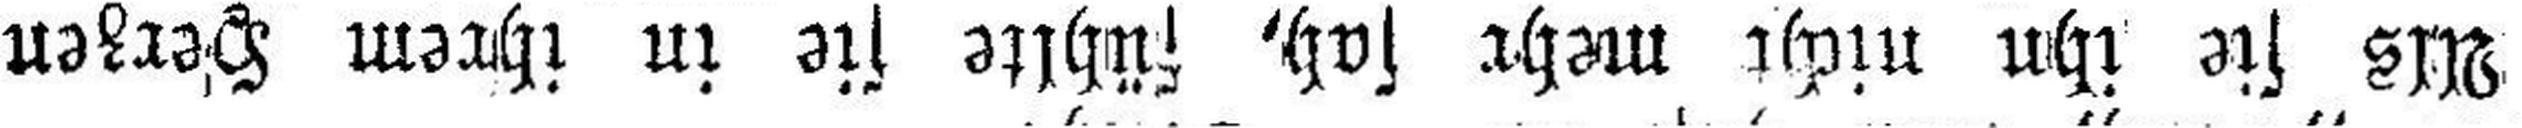
Als sie ihn nicht mehr sah, fühlte sie in ihrem Herzen